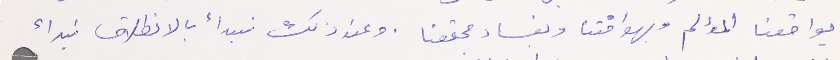
بواقعنا المؤلم وبهوافتنا وبفساد مجتمعنا. وعند ذلك نبدأ بالانطلاق نبدأ